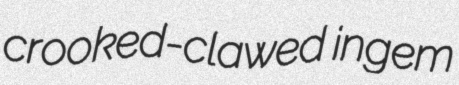
crooked-clawed ingem